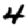
Digit: 4